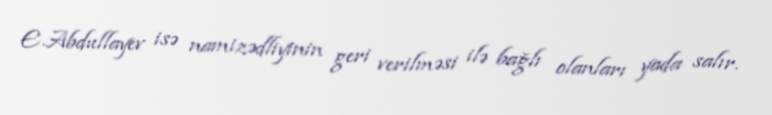
E.Abdullayev isə namizədliyinin geri verilməsi ilə bağlı olanları yada salır.